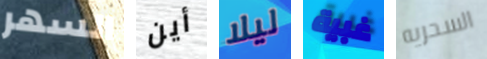
السهر أين ليلا غبية السحريه